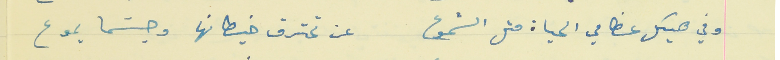
وفي هيكل عظامي الحياة متل الشموع                           عن تحترق خيطانها وجسَما يموع